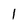
Character: 1